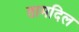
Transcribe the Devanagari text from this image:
तामदिल